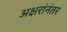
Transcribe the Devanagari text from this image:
अक्षरांनंतर